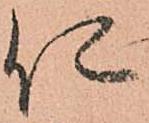
仁